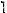
1